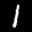
Label: 1